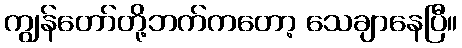
ကျွန်တော်တို့ဘက်ကတော့ သေချာနေပြီ။